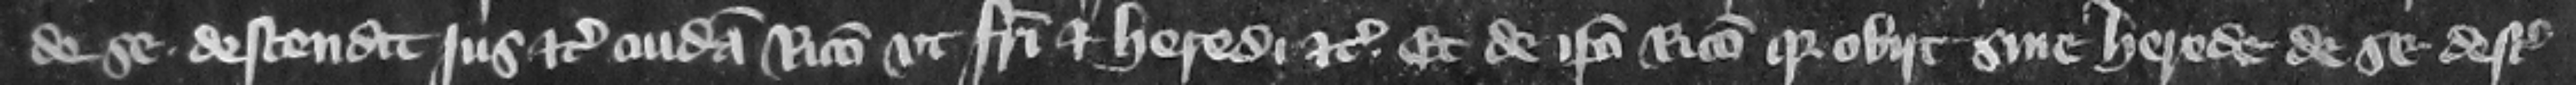
de se descendit jus etc. cuidam Ricardo vt fratri et heredi etc. et de ipso Ricardo quia obit sine herede de se descendit